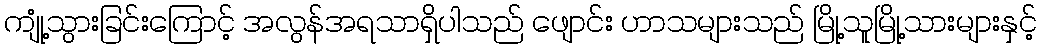
ကျုံ့သွားခြင်းကြောင့် အလွန်အရသာရှိပါသည် ဖျောင်း ဟာသများသည် မြို့သူမြို့သားများနှင့်